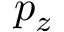
p _ { z }